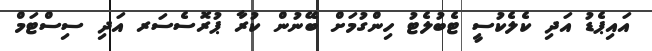
އައިޕެޑު އަދި ކެލެކުސީ ޓެބުލެޓު ހިންގުމަށް ބޭނުން ކުރާ ޕުރޮސެސަރ އަދި ސިސްޓަމް